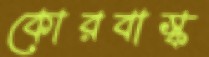
কোরবাস্ক